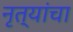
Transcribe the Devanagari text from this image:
नृत्यांचा